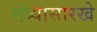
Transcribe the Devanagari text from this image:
मंत्र्यासारखे